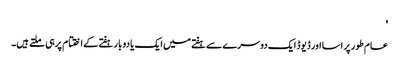
'
عام طور پر اسا اور ڈیوڈ ایک دوسرے سے ہفتے میں ایک یا دو بار ہفتے کے اختتام پر ہی ملتے ہیں۔